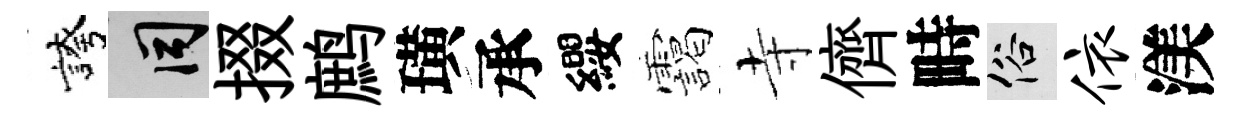
誇间掇鹧璜承纓靄寺儕畤俗依渼